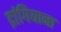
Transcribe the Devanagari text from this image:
द्रांगियाना